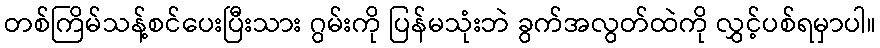
တစ်ကြိမ်သန့်စင်ပေးပြီးသား ဂွမ်းကို ပြန်မသုံးဘဲ ခွက်အလွတ်ထဲကို လွှင့်ပစ်ရမှာပါ။